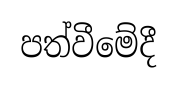
පත්වීමේදී